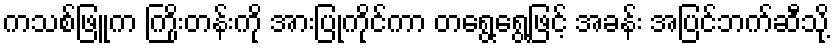
ကသစ်ဖြူက ကြိုးတန်းကို အားပြုကိုင်ကာ တရွေ့ရွေ့ဖြင့် အခန်း အပြင်ဘက်ဆီသို့